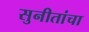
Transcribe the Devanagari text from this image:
सुनीतांचा